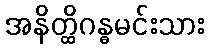
အနိတ္ထိဂန္ဓမင်းသား